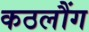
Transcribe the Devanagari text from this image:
कठलौंग